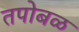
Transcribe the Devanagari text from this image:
तपोबळ